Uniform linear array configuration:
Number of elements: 8
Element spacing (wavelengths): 0.5
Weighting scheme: cosine
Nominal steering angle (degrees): -15
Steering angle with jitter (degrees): -14.378
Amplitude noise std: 0.05
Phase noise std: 0.05

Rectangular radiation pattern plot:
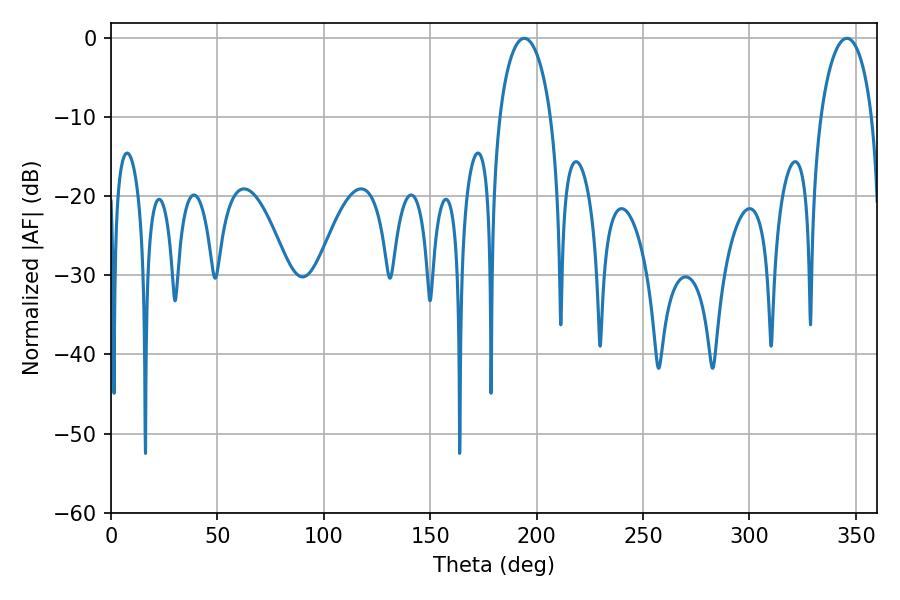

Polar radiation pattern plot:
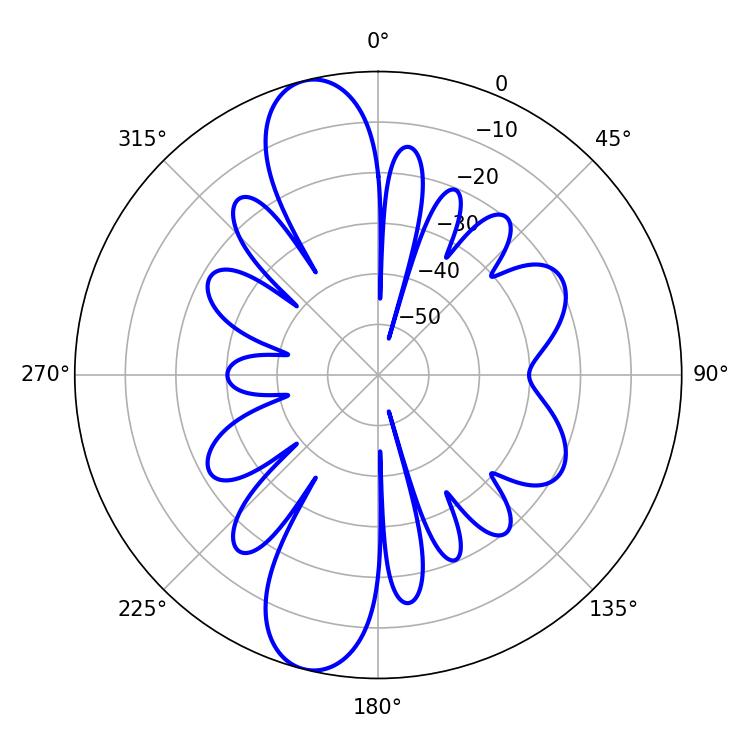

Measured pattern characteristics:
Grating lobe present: FALSE
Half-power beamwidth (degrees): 13.86
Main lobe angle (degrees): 194.22